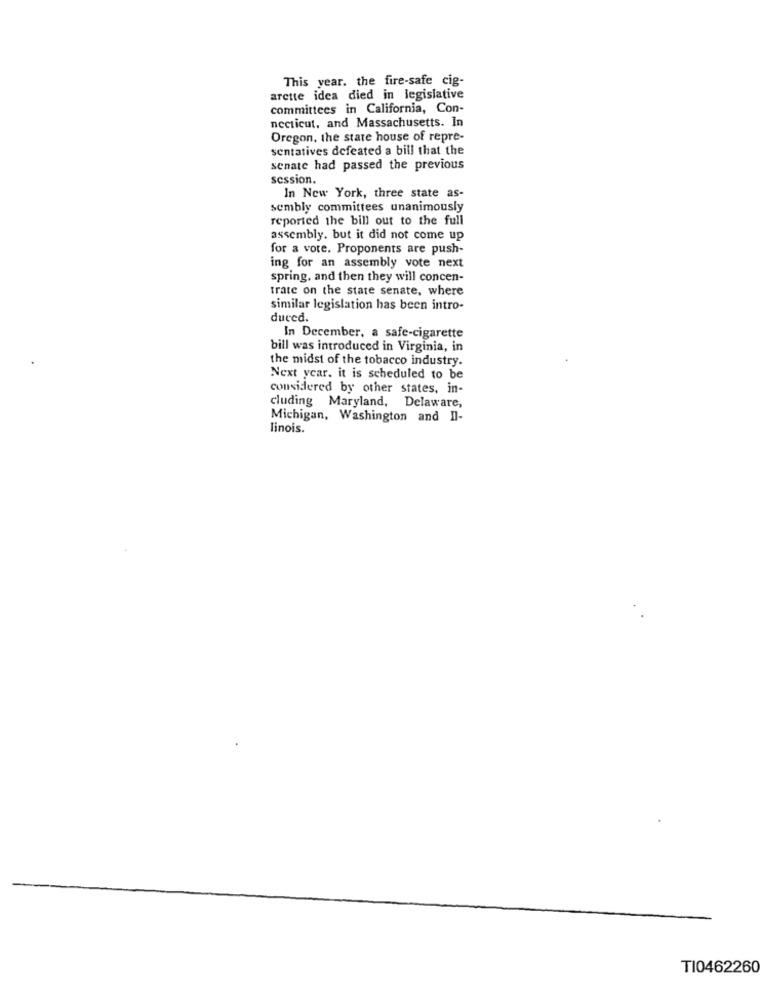
This year. the fire-safe cig-
arette idea died in legislative
committees in California, Con-
necticut, and Massachusetts. In
Oregon, the state house of repre-
sentatives defeated a bill that the
senate had passed the previous
session.
In New York, three state as-
sembly committees unanimously
reported the bill out to the full
assembly. but it did not come up
for a vote. Proponents are push-
ing for an assembly vote next
spring, and then they will concen-
trate on the state senate, where
similar legislation has been intro-
duced.
In December, a safe-cigarette
bill was introduced in Virginia, in
the midst of the tobacco industry.
Next year. it is scheduled to be
considered by other states, in-
cluding Maryland, Delaware,
Michigan, Washington and Il-
linois.
TI0462260